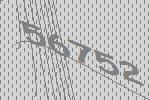
56752